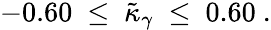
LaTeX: -0.60~\leq~\tilde{\kappa}_{\gamma}~\leq~0.60~.